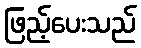
ဖြည့်ပေးသည်